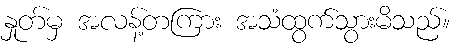
နှုတ်မှ အလန့်တကြား အသံထွက်သွားမိသည်။